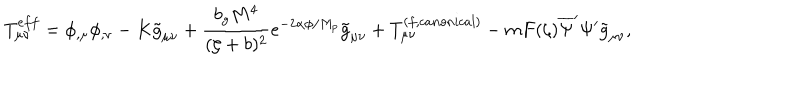
T _ { \mu \nu } ^ { e f f } = \phi _ { , \mu } \phi _ { , \nu } - K \tilde { g } _ { \mu \nu } + \frac { b _ { g } M ^ { 4 } } { ( \zeta + b ) ^ { 2 } } e ^ { - 2 \alpha \phi / M _ { p } } \tilde { g } _ { \mu \nu } + T _ { \mu \nu } ^ { ( f , c a n o n i c a l ) } - m F ( \zeta ) \overline { { { \Psi } } } ^ { \prime } \Psi ^ { \prime } \tilde { g } _ { \mu \nu } ,